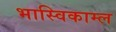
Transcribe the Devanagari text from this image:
भास्विकाम्ल